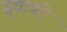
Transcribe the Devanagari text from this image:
सुवाको